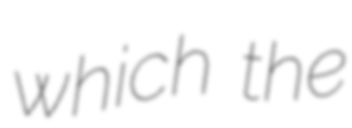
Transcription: which the